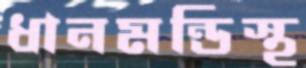
ধানমন্ডিস্থ